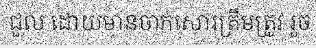
ជួល ដោយមានចាក់សោរត្រឹមត្រូវ រួច